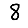
Digit: 8